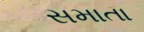
સમાતા